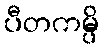
ပီတကမ္ပိ